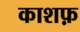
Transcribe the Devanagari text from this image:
काशफ़